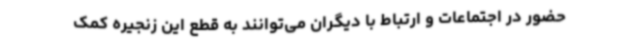
حضور در اجتماعات و ارتباط با دیگران می‌توانند به قطع این زنجیره کمک